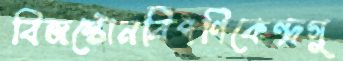
বিজস্টোনবিপণিকেন্দ্রগু